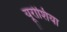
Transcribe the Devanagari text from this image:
यूरोशिया